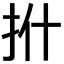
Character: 𪭡